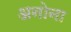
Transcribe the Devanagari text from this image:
अनोना